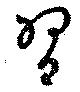
習